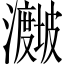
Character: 𪸁